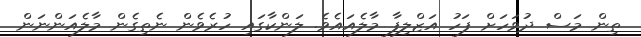
ތިން މަސް ދުވަހަށް ފަހު އަޒްލިފާ މާލެއައެވެ. ލަންކާގައި ހުރެވެން ނެތިގެން މާލެއަންނަން